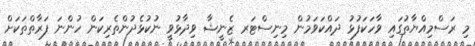
މި ރަސްމިއްޔާތުގައި ވާހަކަފުޅު ދައްކަވަމުން މިނިސްޓަރ ޒެނީޝާ ވިދާޅުވީ ނުކުޅެދުންތެރިކަން ހުންނަ ފަރާތްތަކަށް